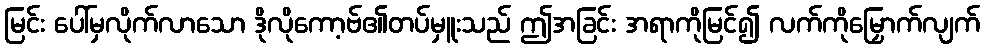
မြင်း ပေါ်မှလိုက်လာသော ဒိုလိုကော့ဗ်၏တပ်မှူးသည် ဤအခြင်း အရာကိုမြင်၍ လက်ကိုမြှောက်လျက်